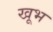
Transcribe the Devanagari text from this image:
खूभ